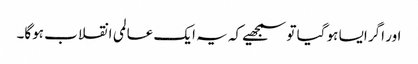
اور اگر ایسا ہو گیا تو سمجھیے کہ یہ ایک عالمی انقلاب ہوگا۔